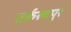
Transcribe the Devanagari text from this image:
तर्करुबपुर